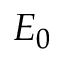
E _ { 0 }